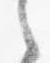
之